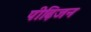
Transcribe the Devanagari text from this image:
पीढ़िजन